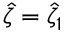
\hat { \zeta } = \hat { \zeta } _ { 1 }